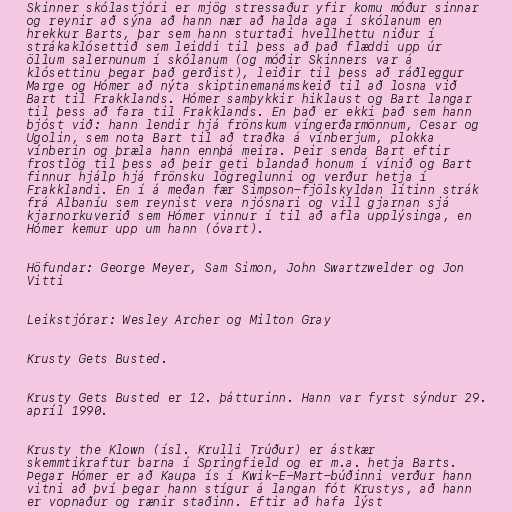
Skinner skólastjóri er mjög stressaður yfir komu móður sinnar
og reynir að sýna að hann nær að halda aga í skólanum en
hrekkur Barts, þar sem hann sturtaði hvellhettu niður í
strákaklósettið sem leiddi til þess að það flæddi upp úr
öllum salernunum í skólanum (og móðir Skinners var á
klósettinu þegar það gerðist), leiðir til þess að ráðleggur
Marge og Hómer að nýta skiptinemanámskeið til að losna við
Bart til Frakklands. Hómer samþykkir hiklaust og Bart langar
til þess að fara til Frakklands. En það er ekki það sem hann
bjóst við: hann lendir hjá frönskum víngerðarmönnum, Cesar og
Ugolin, sem nota Bart til að traðka á vínberjum, plokka
vínberin og þræla hann ennþá meira. Þeir senda Bart eftir
frostlög til þess að þeir geti blandað honum í vínið og Bart
finnur hjálp hjá frönsku lögreglunni og verður hetja í
Frakklandi. En í á meðan fær Simpson-fjölskyldan lítinn strák
frá Albaníu sem reynist vera njósnari og vill gjarnan sjá
kjarnorkuverið sem Hómer vinnur í til að afla upplýsinga, en
Hómer kemur upp um hann (óvart).

Höfundar: George Meyer, Sam Simon, John Swartzwelder og Jon
Vitti

Leikstjórar: Wesley Archer og Milton Gray

Krusty Gets Busted.

Krusty Gets Busted er 12. þátturinn. Hann var fyrst sýndur 29.
apríl 1990.

Krusty the Klown (ísl. Krulli Trúður) er ástkær
skemmtikraftur barna í Springfield og er m.a. hetja Barts.
Þegar Hómer er að Kaupa ís í Kwik-E-Mart-búðinni verður hann
vitni að því þegar hann stígur á langan fót Krustys, að hann
er vopnaður og rænir staðinn. Eftir að hafa lýst